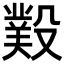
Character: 𣪻